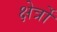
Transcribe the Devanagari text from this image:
क्षेर्त्रों